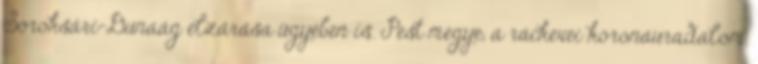
Soroksári-Dunaág elzárása ügyében is. Pest megye, a ráckevei koronauradalom,